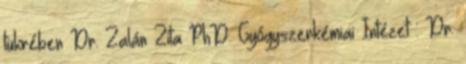
tükrében Dr. Zalán Zita PhD. Gyógyszerkémiai Intézet : Dr.